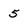
Character: 5